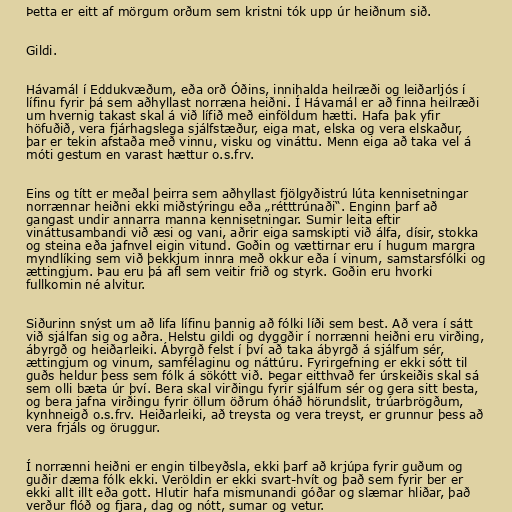
Þetta er eitt af mörgum orðum sem kristni tók upp úr heiðnum sið.

Gildi.

Hávamál í Eddukvæðum, eða orð Óðins, innihalda heilræði og leiðarljós í
lífinu fyrir þá sem aðhyllast norræna heiðni. Í Hávamál er að finna heilræði
um hvernig takast skal á við lífið með einföldum hætti. Hafa þak yfir
höfuðið, vera fjárhagslega sjálfstæður, eiga mat, elska og vera elskaður,
þar er tekin afstaða með vinnu, visku og vináttu. Menn eiga að taka vel á
móti gestum en varast hættur o.s.frv.

Eins og títt er meðal þeirra sem aðhyllast fjölgyðistrú lúta kennisetningar
norrænnar heiðni ekki miðstýringu eða „rétttrúnaði“. Enginn þarf að
gangast undir annarra manna kennisetningar. Sumir leita eftir
vináttusambandi við æsi og vani, aðrir eiga samskipti við álfa, dísir, stokka
og steina eða jafnvel eigin vitund. Goðin og vættirnar eru í hugum margra
myndlíking sem við þekkjum innra með okkur eða í vinum, samstarsfólki og
ættingjum. Þau eru þá afl sem veitir frið og styrk. Goðin eru hvorki
fullkomin né alvitur.

Siðurinn snýst um að lifa lífinu þannig að fólki líði sem best. Að vera í sátt
við sjálfan sig og aðra. Helstu gildi og dyggðir í norrænni heiðni eru virðing,
ábyrgð og heiðarleiki. Ábyrgð felst í því að taka ábyrgð á sjálfum sér,
ættingjum og vinum, samfélaginu og náttúru. Fyrirgefning er ekki sótt til
guðs heldur þess sem fólk á sökótt við. Þegar eitthvað fer úrskeiðis skal sá
sem olli bæta úr því. Bera skal virðingu fyrir sjálfum sér og gera sitt besta,
og bera jafna virðingu fyrir öllum öðrum óháð hörundslit, trúarbrögðum,
kynhneigð o.s.frv. Heiðarleiki, að treysta og vera treyst, er grunnur þess að
vera frjáls og öruggur.

Í norrænni heiðni er engin tilbeyðsla, ekki þarf að krjúpa fyrir guðum og
guðir dæma fólk ekki. Veröldin er ekki svart-hvít og það sem fyrir ber er
ekki allt illt eða gott. Hlutir hafa mismunandi góðar og slæmar hliðar, það
verður flóð og fjara, dag og nótt, sumar og vetur.